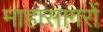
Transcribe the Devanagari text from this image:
माहासागरों